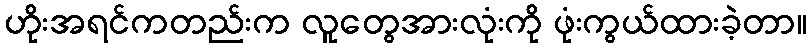
ဟိုးအရင်ကတည်းက လူတွေအားလုံးကို ဖုံးကွယ်ထားခဲ့တာ။